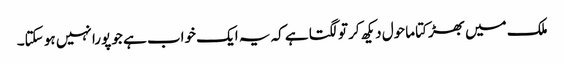
ملک میں بھڑکتا ماحول دیکھ کر تو لگتا ہے کہ یہ ایک خواب ہے جو پورا نہیں ہو سکتا۔